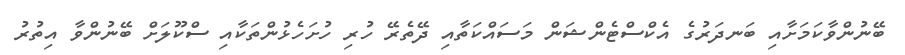
ބޭނުންވާކަމަށާއި ބަނދަރުގެ އެކްސްޓެންޝަން މަސައްކަތާއި ދޭތެރޭ ހުރި ހުށަހެޅުންތަކާއި ސްކޫލަށް ބޭނުންވާ އިތުރު